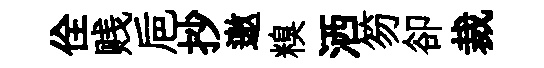
佺贱巵抄邀糗洒笏卻裁